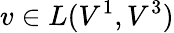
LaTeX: v\in L(V^{1},V^{3})